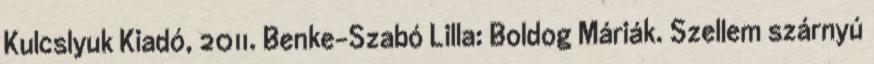
Kulcslyuk Kiadó, 2011. Benke-Szabó Lilla: Boldog Máriák. Szellem szárnyú